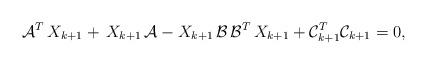
LaTeX: \begin{align*}\mathcal{A}^T\, X_{k+1} +\,X_{k+1}\, \mathcal{A} -X_{k+1}\, \mathcal{B}\, \mathcal{B}^T \,X_{k+1} + \mathcal{C}_{k+1}^T \mathcal{C}_{k+1} =0,\end{align*}